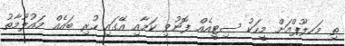
ތި މަހލޫޕްއަށް މީހަކު ސިޓީއެއް ފޮނުވި ކަމާއި އޭގައި ހުރި ބައެއް މައުލޫމާތު